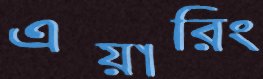
এয়ারিং